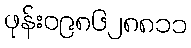
ဖုန်း၀၉၈၆၂၈၈၁၁